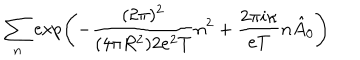
\sum _ { n } \exp \left( - \frac { ( 2 \pi ) ^ { 2 } } { ( 4 \pi R ^ { 2 } ) 2 e ^ { 2 } T } n ^ { 2 } + \frac { 2 \pi i \kappa } { e T } n \hat { A } _ { 0 } \right)